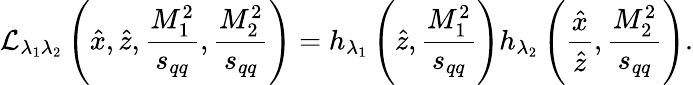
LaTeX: {\cal L}_{\lambda_{1}\lambda_{2}}\left(\hat{x},\hat{z},\frac{M_{1}^{2}}{s_{qq}},\frac{M_{2}^{2}}{s_{qq}}\right)=h_{\lambda_{1}}\left(\hat{z},\frac{M_{1}^{2}}{s_{qq}}\right)h_{\lambda_{2}}\left(\frac{\hat{x}}{\hat{z}},\frac{M_{2}^{2}}{s_{qq}}\right).